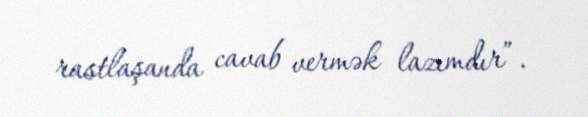
rastlaşanda cavab vermək lazımdır”.